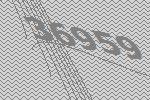
36959